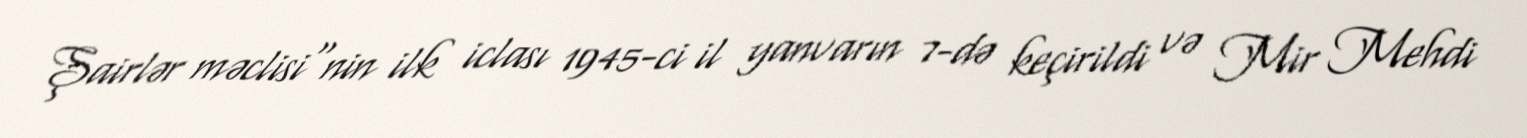
Şairlər məclisi"nin ilk iclası 1945-ci il yanvarın 7-də keçirildi və Mir Mehdi